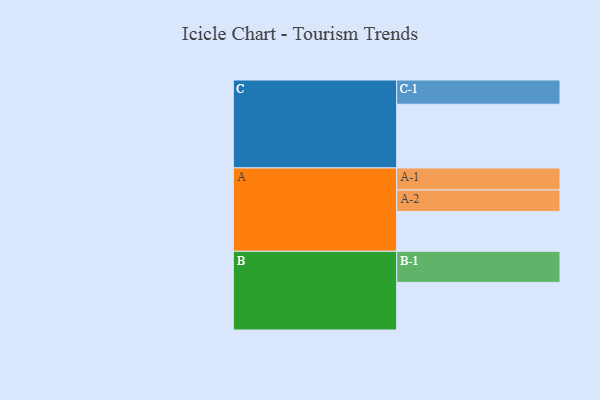
{"axis": {"x": "Segment", "y": "Value"}, "legend": ["", "A", "B", "C"], "data": [{"x": "A", "y": 319, "type": ""}, {"x": "B", "y": 381, "type": ""}, {"x": "C", "y": 510, "type": ""}, {"x": "A-1", "y": 176, "type": "A"}, {"x": "A-2", "y": 172, "type": "A"}, {"x": "B-1", "y": 249, "type": "B"}, {"x": "C-1", "y": 194, "type": "C"}]}